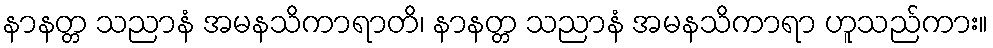
နာနတ္တ သညာနံ အမနသိကာရာတိ၊ နာနတ္တ သညာနံ အမနသိကာရာ ဟူသည်ကား။